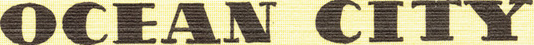
OCEAN CITY